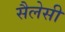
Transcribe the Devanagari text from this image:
सैलेसी